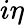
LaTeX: i\eta